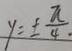
y = \pm \frac { \pi } { 4 }